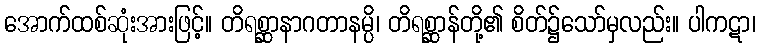
အောက်ထစ်ဆုံးအားဖြင့်။ တိရစ္ဆာနာဂတာနမ္ပိ၊ တိရစ္ဆာန်တို့၏ စိတ်၌သော်မှလည်း။ ပါကဋာ၊